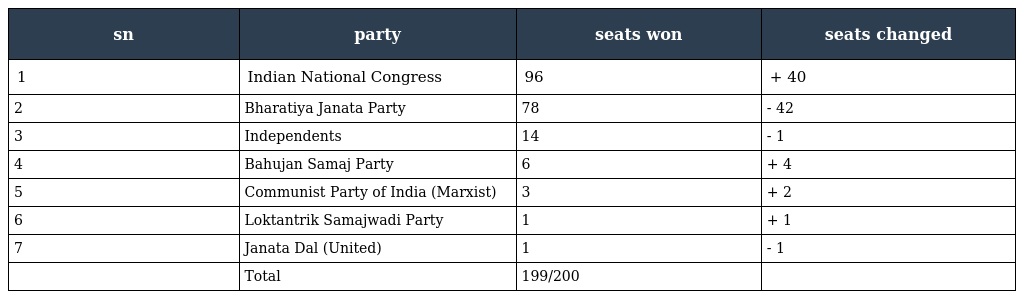
| sn | party | seats won | seats changed |
 | --- | --- | --- | --- |
 | 1 | Indian National Congress | 96 | + 40 |
 | 2 | Bharatiya Janata Party | 78 | - 42 |
 | 3 | Independents | 14 | - 1 |
 | 4 | Bahujan Samaj Party | 6 | + 4 |
 | 5 | Communist Party of India (Marxist) | 3 | + 2 |
 | 6 | Loktantrik Samajwadi Party | 1 | + 1 |
 | 7 | Janata Dal (United) | 1 | - 1 |
 |  | Total | 199/200 |  |